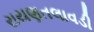
રાયણતલાવડી